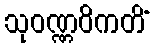
သုဝဏ္ဏဝိကတိံ